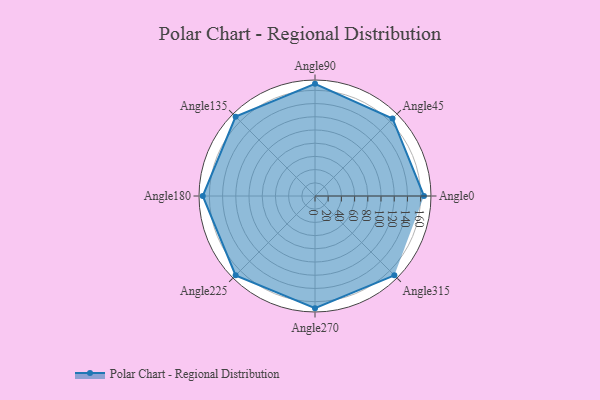
{"axis": {"x": "Angle", "y": "Radius"}, "legend": [""], "data": [{"x": "Angle0", "y": 165.0, "type": ""}, {"x": "Angle45", "y": 166.0, "type": ""}, {"x": "Angle90", "y": 170, "type": ""}, {"x": "Angle135", "y": 170, "type": ""}, {"x": "Angle180", "y": 170, "type": ""}, {"x": "Angle225", "y": 170, "type": ""}, {"x": "Angle270", "y": 170, "type": ""}, {"x": "Angle315", "y": 170, "type": ""}]}